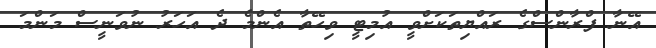
އޭނާ ފްރާންސްގެ ރައްޔިތަކަށްވީ އުމިޓީ ވިހޭތާ އެންމެ ދެ އަހަރު ނުވަނީސް މަންމަ